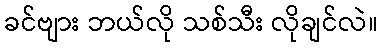
ခင်ဗျား ဘယ်လို သစ်သီး လိုချင်လဲ။